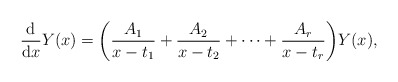
\begin{align*}\frac{\rm d}{{\rm d}x} Y(x) =\bigg( \frac{A_1}{x-t_1}+\frac{A_2}{x-t_2}+\dots + \frac{A_r}{x-t_r} \bigg) Y(x), \end{align*}